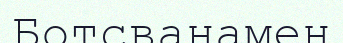
Ботсванамен